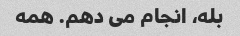
بله، انجام می دهم. همه